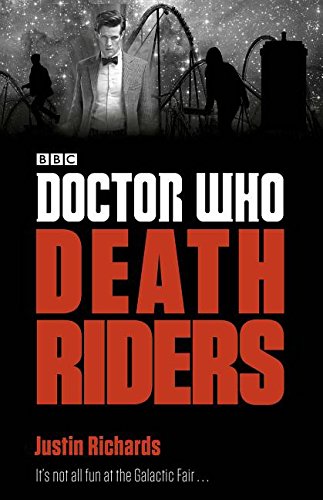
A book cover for Doctor Who: Death Riders; Justin Richards; Science Fiction & Fantasy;